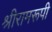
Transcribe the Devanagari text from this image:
श्रीरामरूपी